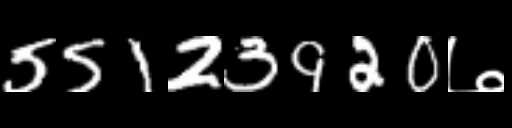
Text: 55123920७